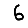
Digit: 6